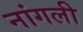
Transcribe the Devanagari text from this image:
नांगली